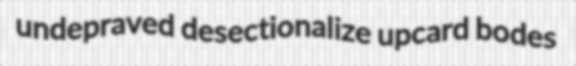
undepraved desectionalize upcard bodes